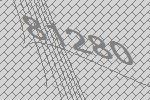
81280